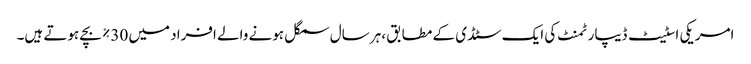
امریکی اسٹیٹ ڈیپارٹمنٹ کی ایک سٹڈی کے مطابق ،ہر سال سمگل ہونے والے افراد میں 30% بچے ہوتے ہیں۔